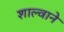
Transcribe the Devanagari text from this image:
शाल्वाने